Alphabetical list of drugs, medicines and other preparations free from, and containing, spirit compiled from the results of tests made by the customs houses at Calcutta, Bombay, and Madras
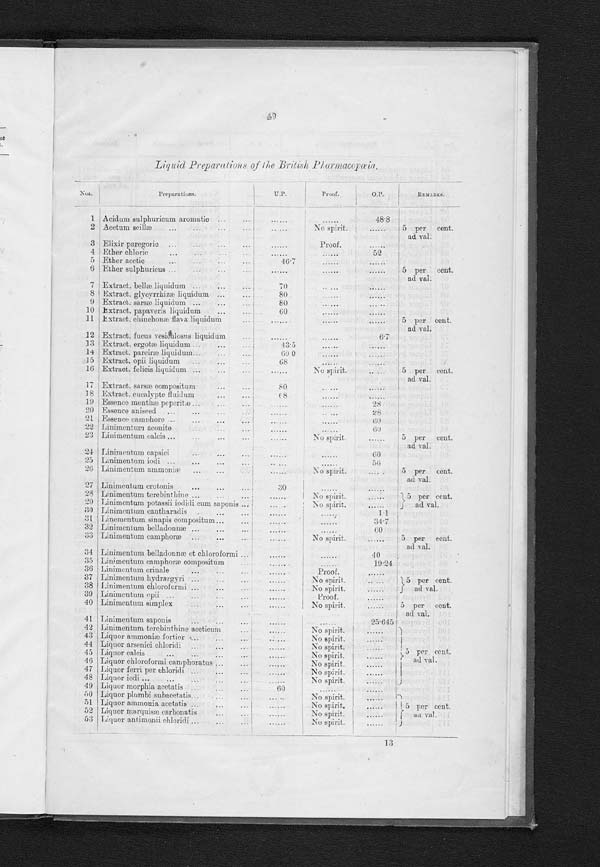
49
Li q u i d P r e p a r a t i o n s o f t h e Br i t i s h P h a r ma c o p œi d .
Nos.
Preparations.
U . P .
Proof.
O . P .
R E M A R K S .
1 Acidum sulphuricum aromatic . . .
. . .
. . .
48.8 5 per cent.
ad val.
No spirit.
2 Acctum scillæ . . .
. . .
. . .
3 Elixir paregorie . . .
. . .
Proof.
. . .
52
4 Ether chloric . . .
. . .
. . .
5 Ether acetic . . .
46.7
. . .
. . .
5 per cent.
ad val.
6 Ether sulphuricus . . .
. . .
. . .
. . .
7 Extract. bellæ liquidum . . .
70
. . .
. . .
8 Extract. glycyrrhizæ liquidum . . .
80
. . .
. . .
9 Extract. sarsæ liquidum . . .
80
. . .
. . .
10 Extract. papaveris liquidum . . .
6 0
. . .
. . . 5 per cent.
ad val.
11 Extract. chinchonæ flava liquidum . . .
. . .
. . .
. . .
12 Extract. focus vesiculosus liquidum . . .
. . .
. . .
6.7
13 Extract. ergotæ liquidum . . .
43.5
. . .
. . .
14 Extract. parciræ liquidum . . .
6 9 . 0 . . .
. . .
15 Extract. opii liquidum . . .
6 8 . . .
. . . 5 per cent.
ad val.
16 Extract. felicis liquidum . . .
. . .
No spirit.
. . .
17 Extract. sarsæ compositum . . .
8 0
. . .
. . .
18 Extract. eucalypte fluidam . . .
6 8
. . .
. . .
1 9 Essence menthæ peperitæ . . .
. . .
. . .
2 8
20 Essence aniseed . . .
. . .
. . .
2 8
21 Essence camphore . . .
. . .
. . .
6 0
22 Linimentum aconite . . .
. . .
. . . 60
5 per Cent.
ad val .
23 Linimentum calcis . . .
. . .
No spirit.
. . .
24 Linimentum capsici . . .
. . .
. . .
6 0
25 Linimentum iodi . . .
. . .
. . .
5 6
5 per cent.
ad val.
26 Linimentum ammoniæ . . .
. . .
No spirit.
. . .
27 Linimentum crotonis . . .
30
. . .
. . .
5 per cent.
ad val.
28 Linimentum terebinthine . . .
. . .
No spi r i t .
. . .
29 Linimentum potassii iodidi cum saponis
. . .
No spirit.
. . .
30 Linimentum cantharadis . . .
. . .
. . .
1 . 1
3 1 Linementum sinapis compositum . . .
. . .
. . .
34.7
32 Linimentum belladonnæ . . .
. . .
. . .
6 0
5 per rent.
ad val.
33 Linimentum camphoræ . . .
. . .
No spirit.
. . .
34 Linimentum belladonnæ et chloroformi . . .
. . .
. . .
4 0
35 Linimentum camphoræ compositum . . .
. . .
. . .
1 9 . 2 4
36 Linimentum crinale . . .
. . .
Proof.
. . . 5 per cent.
ad val.
37 Linimentum hydrargyri . . .
. . .
No spirit.
. . .
38 Linimentum chloroformi . . .
. . .
No spirit.
. . .
3 9 Linimentum opii . . .
. . .
Proof.
. . .
40
. . .
No spirit.
. . . 5 per cent.
ad val.
Linimentum simplex . . .
41 Linimenthum saponis . . .
. . .
. . .
25.645
42 Linimentum terebinthine aceticum
. . .
No spirit.
. . .
5 per cent.
ad val.
43 Liquor ammoniæ fortior . . .
. . .
No spirit.
. . .
44 Liquor arsenici chloridi . . .
. . .
No spirit.
. . .
45 Liquor calcis . . .
. . .
No spirit.
. . .
46 Liquor chloroformi camphoratus . . .
. . .
No spirit.
. . .
47 Liquor ferri per chloridi . . .
. . .
No spirit.
. . .
48 Liquor iodi . . .
. . .
No spirit.
. . .
49 Liquor morphia acetatis . . .
60
. . . . . .
5 0 Liquor plumbi subacetatis . . .
. . .
No spirit.
. . . 5 per cent.
a d v a l .
51 Liquor ammonia acctatis . . .
. . .
No spirit.
. . .
52 Liquor marquisæ carbonatis. . .
. . .
No spirit.
. . .
53 Liquor antimonii chloridi . . .
. . .
No spirit.
. . .
13